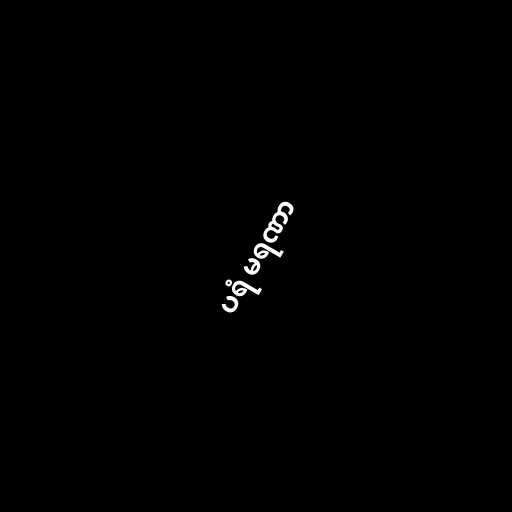
ပရံ မရဏာ